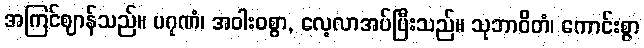
အကြင်ဈာန်သည်။ ပဂုဏံ၊ အဝါးဝစွာ, လေ့လာအပ်ပြီးသည်။ သုဘာဝိတံ၊ ကောင်းစွာ